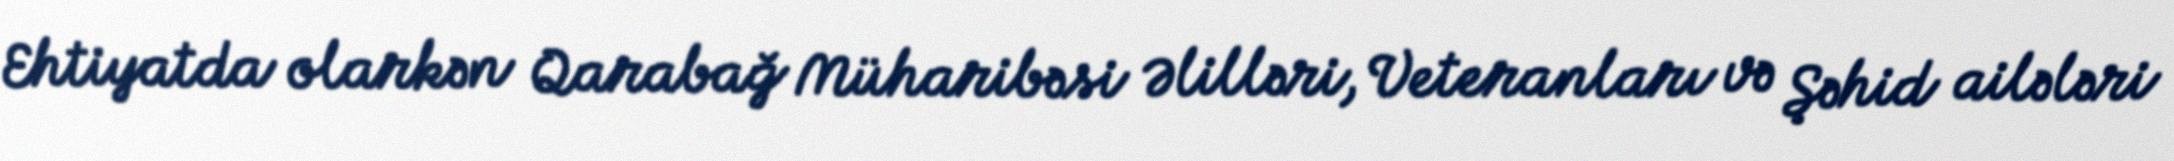
Ehtiyatda olarkən Qarabağ Müharibəsi Əlilləri, Veteranları və Şəhid ailələri